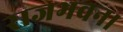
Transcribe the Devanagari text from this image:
राजभवन।